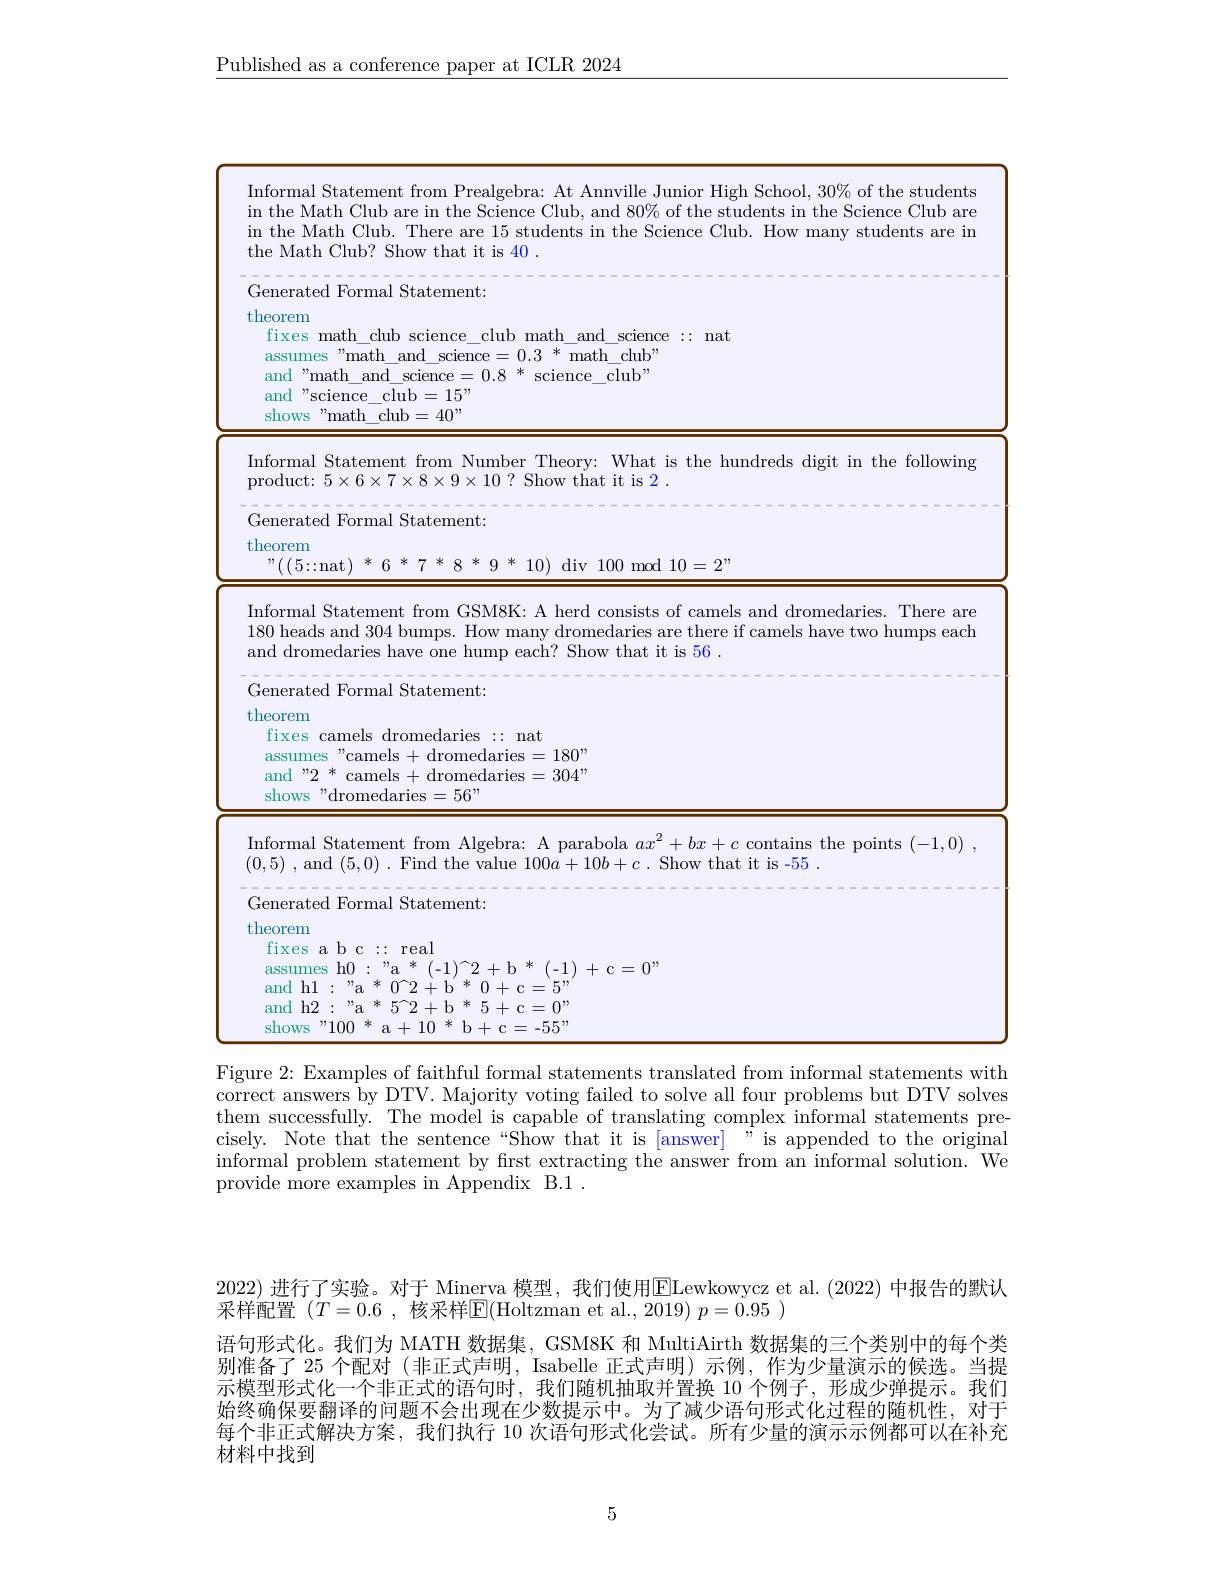
$\underline{\text{Published as a conference paper at ICLR 2024}}$

<table>
	<tbody>
		<tr>
			<td> </td>
			<td>formal Statement from Prealgebra: At Annville Junior High School, 30% of the students the Math Club are in the Science Club, and 80% of the students in the Science Club are ne Math Club? Show that it is 40 . the Math Club. There are 15 students in the Science Club. How many students are im</td>
		</tr>
		<tr>
			<td> </td>
			<td>enerated Formal Statement: $\operatorname{reorem}$ fixes math\_club science\_club math\_and\_science\_:nat and "math\_and\_science\_0.8~*~science\_club" assumes "math\_and\_science\_0.3~*~math\_club" and "science\_club=15” shows s"math club$=40”$</td>
		</tr>
		<tr>
			<td> </td>
			<td>nformal Statement from Number Theory: What is the hundreds digit in the following roduct: 5$\times$6$\times$7$\times$8$\times$9$\times$10 ? Show that it is 2</td>
		</tr>
		<tr>
			<td> </td>
			<td>enerated Formal Statement: $\operatorname{reorem}$ $"((5::$nat)*6*7*8*9*10) div 100 mod $10=2”$</td>
		</tr>
		<tr>
			<td> </td>
			<td>formal Statement from GSM8K: A herd consists of camels and dromedaries. There are 80 heads and 304 bumps. How many dromedaries are there if camels have two humps each $\texttt{d dromedaries have one hump each? Show that it is 56}$</td>
		</tr>
		<tr>
			<td> </td>
			<td>$\iota eorem$ fixes camels dromedaries :: nat and "2 * camels +dromedaries$=304”$ assumes s"camels+dromedaries$=180”$ shows "dromedaries$=56”$</td>
		</tr>
		<tr>
			<td> </td>
			<td>formal Statement from Algebra: A parabola $ax^2+bx+c$ contains the points (-1,0) , ,5) , and (5,0) . Find the value $100a+ 10b+ c$ . Show that it is -55</td>
		</tr>
		<tr>
			<td> </td>
			<td>enerated Formal Statement: eorem fixes a b c : real assumes h0 : "a * $a$ $(-1)^{\sim}2+$b* {} (-1) + c$= 0”$ and h2: "a * 5[INDEX]2+b * 5+ c=0" and h1: "a * 0[INDEX]2+ b'* 0+ c=5" shows ,,100 冰 10 米 -55,,</td>
		</tr>
		<tr>
			<td>Fi$\xi$ cor th$\epsilon$ cis</td>
			<td>e 2: Examples of faithful formal statements translated from informal statements witl ct answers by DTV. Majority voting failed to solve all four problems but DTV solves successfully. The model is capable of translating complex informal statements pre $t_{\mathrm{~is}}$ SWer is annended $ma$</td>
		</tr>
	</tbody>
</table>
informal problem statement by first extracting the answer from an informal solution. We

provide more examples in Appendix B.1 .

2022) 进行了实验。对于 Minerva 模型，我们使用$\overline{\mathrm{E}}$Lewkowycz et al. (2022) 中报告的默认
采样配置 $(T=0.6$, 核采样$\mathsf E($Holtzman et al.,$2019)p=0.95)$
语句形式化。我们为 MATH 数据集，GSM8K 和 MultiAirth 数据集的三个类别中的每个类别准备了 25 个配对 (非正式声明，Isabelle 正式声明) 示例，作为少量演示的候选。当提示模型形式化一个非正式的语句时，我们随机抽取并置换 10 个例子，形成少弹提示。我们始终确保要翻译的问题不会出现在少数提示中。为了减少语句形式化过程的随机性，对于每个非正式解决方案，我们执行 10 次语句形式化尝试。所有少量的演示示例都可以在补充材料中找到

5